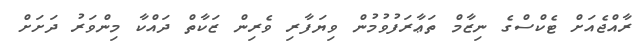
ރާއްޖެއަށް ޓެކްސްގެ ނިޒާމް ތަޢާރަފުވުމުން ވިޔަފާރި ވެރިން ޒަކާތް ދައްކާ މިންވަރު ދަށަށް